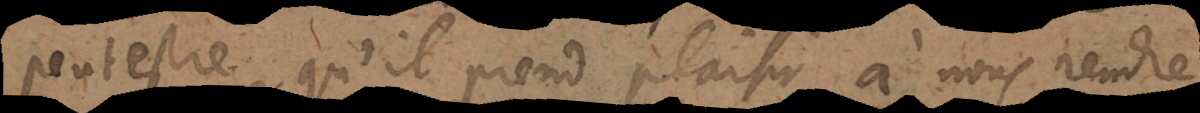
peut estre qu’il prend plaisir à nous rendre